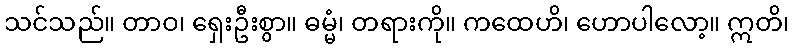
သင်သည်။ တာဝ၊ ရှေးဦးစွာ။ ဓမ္မံ၊ တရားကို။ ကထေဟိ၊ ဟောပါလော့။ ဣတိ၊